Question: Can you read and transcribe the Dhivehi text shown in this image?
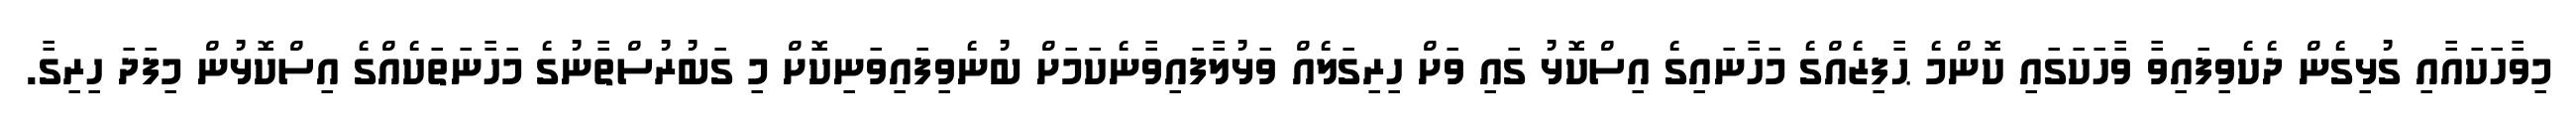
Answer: މިވާހަކައާއި ގުޅިގެން ދެކެވިފައިވާ ވާހަކަގައި ކޮންމެ ޙާފިޒެއްގެ މަހާނައިގެ އިސްކޮޅު ގައި ވަށް ހިރިގަލެއް ވަޅުލާފައިވާނެކަމަށް ބުނެވިފައިވަނިކޮށް މި ގަބުރުސްތާނުގެ މަހާނަތަކެއްގެ އިސްކޮޅުން މިފަދަ ހިރިގާ.